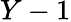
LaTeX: Y-1